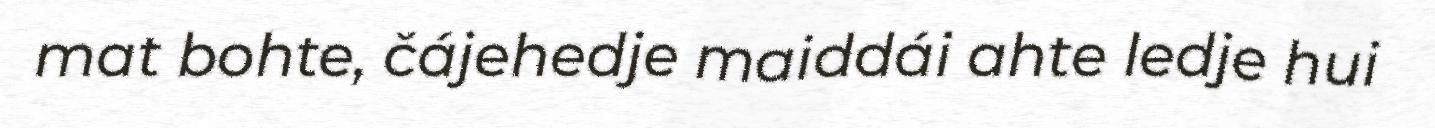
mat bohte, čájehedje maiddái ahte ledje hui